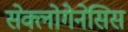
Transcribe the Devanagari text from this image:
सेक्लोगेनेसिस